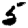
Digit: 5